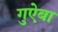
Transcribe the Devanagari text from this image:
गुऐबा